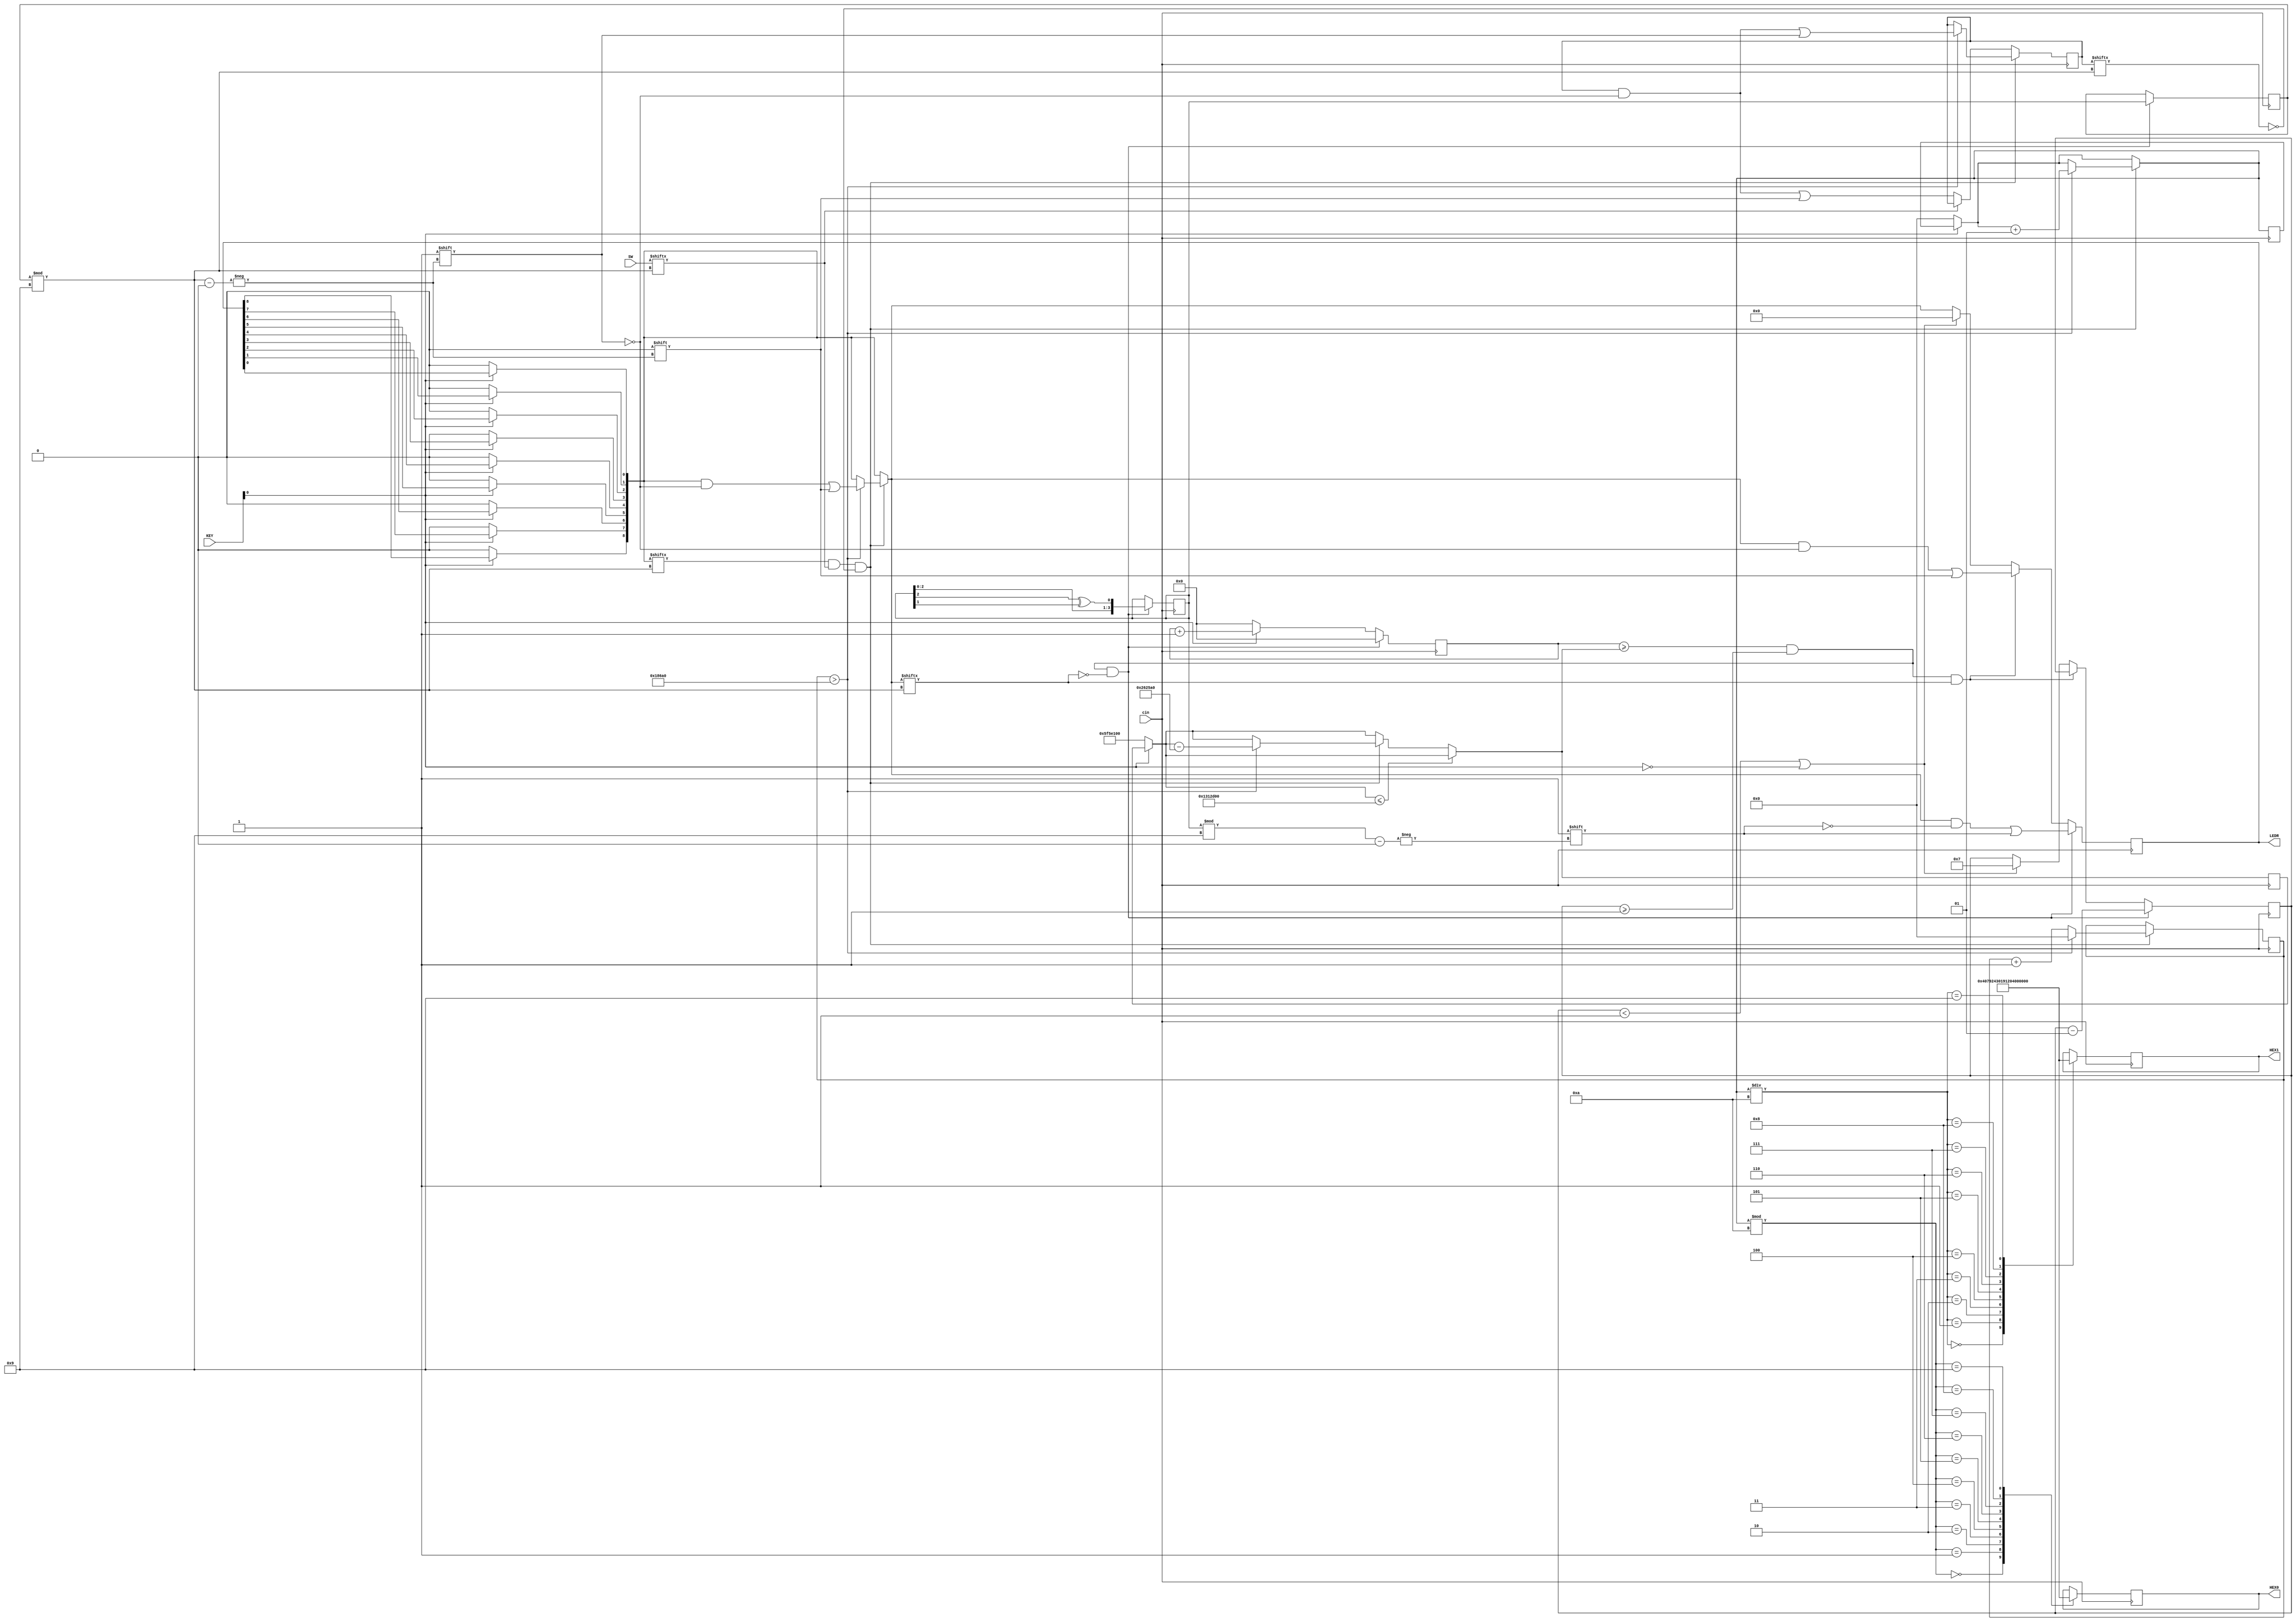
module EECS3216_Project(SW, KEY, HEX0, HEX1, LEDR, cin);

input [8:0] SW; // Push buttons (on breadboard)
input [1:0] KEY; // Reset button (on DE10-lite)
input cin; // clock

output wire [7:0] HEX0, HEX1; // HEX display for score
reg[7:0] segment0, segment1;
assign HEX0 = segment0; // Display Ones in HEX0
assign HEX1 = segment1; // Display Tens in HEX1
output reg [8:0] LEDR;

reg [32:0] counter; //32-bit counter 
reg [32:0] mole_timer = 32'd100000000; // 2s for mole to be on
//reg [32:0] mole_timer = 32'd50000000; // 1s for mole to be on

integer index = 8; // index of LED
integer i = 0; 
integer score = 0;
integer displayTens = 0;
integer displayOnes = 0;

// LEDS
reg [3:0] shift_reg;
reg [3:0] random_number;
initial shift_reg = 1;

// Score variables
reg [8:0] s_reg;
reg[31:0] time_deb= 32'd0;


always @(posedge cin) begin
	counter <= counter + 1;
	
	// Reset button
	if (KEY[0] == 0) begin
		score = 0;
		counter <= 35'b0;
		LEDR[0] = 0;
		LEDR[1] = 0;
		LEDR[2] = 0;
		LEDR[3] = 0;
		LEDR[4] = 0;
		LEDR[5] = 0;
		LEDR[6] = 0;
		LEDR[7] = 0;
		LEDR[8] = 0;
		mole_timer = 32'd100000000;
	end
	
	if (mole_timer <= 32'd20000000) begin // saturates at 400ms, doesn't go any less than 400ms
	// Score
		if (LEDR[random_number%9] == 1 & SW[random_number%9] == 1 && s_reg[random_number%9] == 0) begin // LED is on and push button is clicked) USING SWITCHES FOR TEST CHANGE TO '0' LATER
			time_deb <= time_deb + 1;
			if (time_deb > 100000) begin
				score = score + 1; // increment score by 1
				LEDR[random_number%9] = 0;
				s_reg[random_number%9] = 1;
				time_deb <= 32'd0;
			end
		end
		else if (SW[random_number%9] == 0) begin
			s_reg[random_number%9] = 0;
		end
	end
	else begin // mole pops up and disappears faster
	// Score
		if (LEDR[random_number%9] == 1 & SW[random_number%9] == 1 && s_reg[random_number%9] == 0) begin // LED is on and push button is clicked) USING SWITCHES FOR TEST CHANGE TO '0' LATER
			time_deb <= time_deb + 1;
			if (time_deb > 100000) begin
				score = score + 1; // increment score by 1
				LEDR[random_number%9] = 0;
				mole_timer = mole_timer - 32'd2500000; // shaves off 50ms each time the player scores
				s_reg[random_number%9] = 1;
				time_deb <= 32'd0;
			end
		end
		else if (SW[random_number%9] == 0) begin
			s_reg[random_number%9] = 0;
		end
	end
	
	/*
	// Score
	if (LEDR[random_number%9] == 1 & SW[random_number%9] == 1 && s_reg[random_number%9] == 0) begin // LED is on and push button is clicked) USING SWITCHES FOR TEST CHANGE TO '0' LATER
		time_deb <= time_deb + 1;
		if (time_deb > 100000) begin
			score = score + 1; // increment score by 1
			LEDR[random_number%9] = 0;
			mole_timer = mole_timer - 32'd2500000; // shaves off 50ms each time the player scores
			s_reg[random_number%9] = 1;
			time_deb <= 32'd0;
		end
	end
	else if (SW[random_number%9] == 0) begin
		s_reg[random_number%9] = 0;
	end
	*/
	
	// Display HEX Segment for Player Score
	displayTens = score/10;
	displayOnes = score%10;
	
	case(displayTens)
		0: segment1 <= 8'b1000000;
		1: segment1 <= 8'b1111001;
		2: segment1 <= 8'b0100100;
		3: segment1 <= 8'b0110000;
		4: segment1 <= 8'b0011001;
		5: segment1 <= 8'b0010010;
		6: segment1 <= 8'b0000010;
		7: segment1 <= 8'b1111000;
		8: segment1 <= 8'b0000000;
		9: segment1 <= 8'b0010000;
	endcase
	
	case(displayOnes)
		0: segment0 <= 8'b1000000;
		1: segment0 <= 8'b1111001;
		2: segment0 <= 8'b0100100;
		3: segment0 <= 8'b0110000;
		4: segment0 <= 8'b0011001;
		5: segment0 <= 8'b0010010;
		6: segment0 <= 8'b0000010;
		7: segment0 <= 8'b1111000;
		8: segment0 <= 8'b0000000;
		9: segment0 <= 8'b0010000;
	endcase
	
	
	// Turning on/off LEDS
	if (counter >= mole_timer && index >= -1 && LEDR[random_number%9] == 0) begin // Turns on LEDs
	   counter <= 32'b0;

	   // LFSR for random number generation
	   shift_reg <= {shift_reg[2:0], shift_reg[2] ^ shift_reg[1]};
   
	   random_number = shift_reg;
	   LEDR[random_number%9] = 1;
	   index = index - 1;
	end
	else if (counter >= mole_timer && index >= -1 && LEDR[random_number%9] == 1) begin // Turns off LEDs
		LEDR[random_number%9] = 0;
	end
	else if (index < -1 || KEY[0] == 0) begin
		LEDR <= 8'b0;
		index = 7;
	end
	
	
end

endmodule